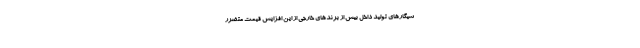
سیگارهای تولید داخل بیش از برندهای خارجی از این افزایش قیمت متضرر